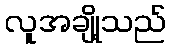
လူအချို့သည်